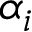
\alpha _ { i }